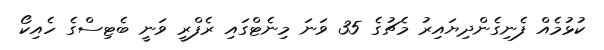
ކުޅުމެއް ފެނިގެންދިޔައިރު މެޗުގެ 35 ވަނަ މިނެޓްގައި ރެފްރީ ވަނީ ބެޓިސްގެ ހެއިކޯ